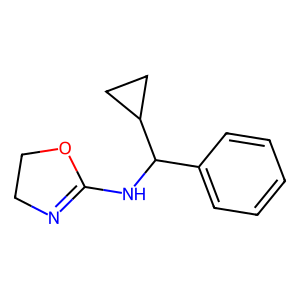
SMILES: c1ccc(C(NC2=NCCO2)C2CC2)cc1
Inhibits HIV replication: No